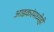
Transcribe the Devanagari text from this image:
आडकरंमध्येही